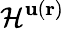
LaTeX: {\mathcal{H}}^{\textbf{u}(\textbf{r})}